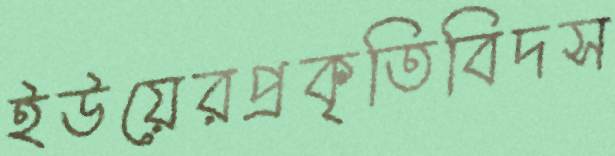
ইউয়েরপ্রকৃতিবিদস